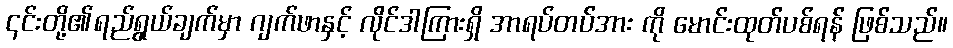
၎င်းတို့၏ရည်ရွယ်ချက်မှာ ဂျက်ဖာနှင့် လိုင်ဒါကြားရှိ အာရပ်တပ်အား ကို မောင်းထုတ်ပစ်ရန် ဖြစ်သည်။